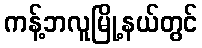
ကန့်ဘလူမြို့နယ်တွင်